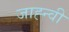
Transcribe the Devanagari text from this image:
जाह्न्वी